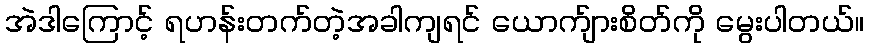
အဲဒါကြောင့် ရဟန်းတက်တဲ့အခါကျရင် ယောက်ျားစိတ်ကို မွေးပါတယ်။